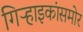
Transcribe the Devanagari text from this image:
गिऱ्हाइकांसमोर